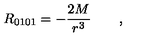
R _ { 0 1 0 1 } = - \frac { 2 M } { r ^ { 3 } } \qquad ,